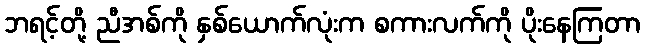
ဘရင့်တို့ ညီအစ်ကို နှစ်ယောက်လုံးက စကားလက်ကို ပိုးနေကြတာ